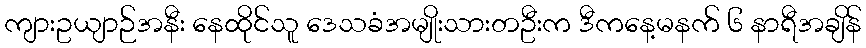
ကျားဥယျာဉ်အနီး နေထိုင်သူ ဒေသခံအမျိုးသားတဦးက ဒီကနေ့မနက် ၆ နာရီအချိန်